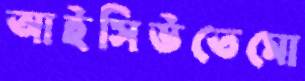
আইসিউতেমো